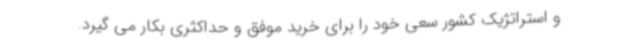
و استراتژیک کشور سعی خود را برای خرید موفق و حداکثری بکار می گیرد.